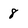
Character: 8